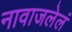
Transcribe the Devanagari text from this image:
नावाजलेलं